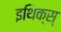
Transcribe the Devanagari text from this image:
इथिक्स्